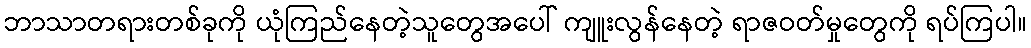
ဘာသာတရားတစ်ခုကို ယုံကြည်နေတဲ့သူတွေအပေါ် ကျူးလွန်နေတဲ့ ရာဇဝတ်မှုတွေကို ရပ်ကြပါ။